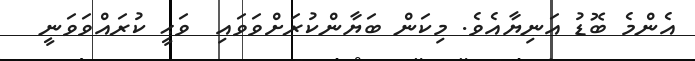
އެންމެ ބޮޑު އަނިޔާއެވެ. މިކަން ބަޔާންކުރަށްވަވައި  ވަޙީ ކުރައްވަވަނީ